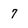
Character: 7